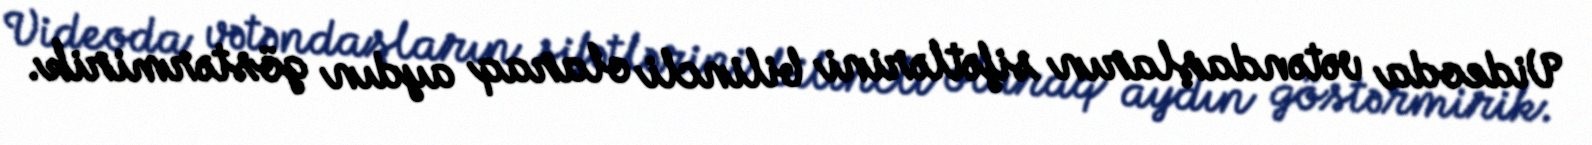
Videoda vətəndaşların sifətlərini bilincli olaraq aydın göstərmirik.